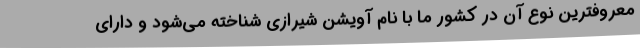
معروفترین نوع آن در کشور ما با نام آویشن شیرازی شناخته می‌شود و دارای